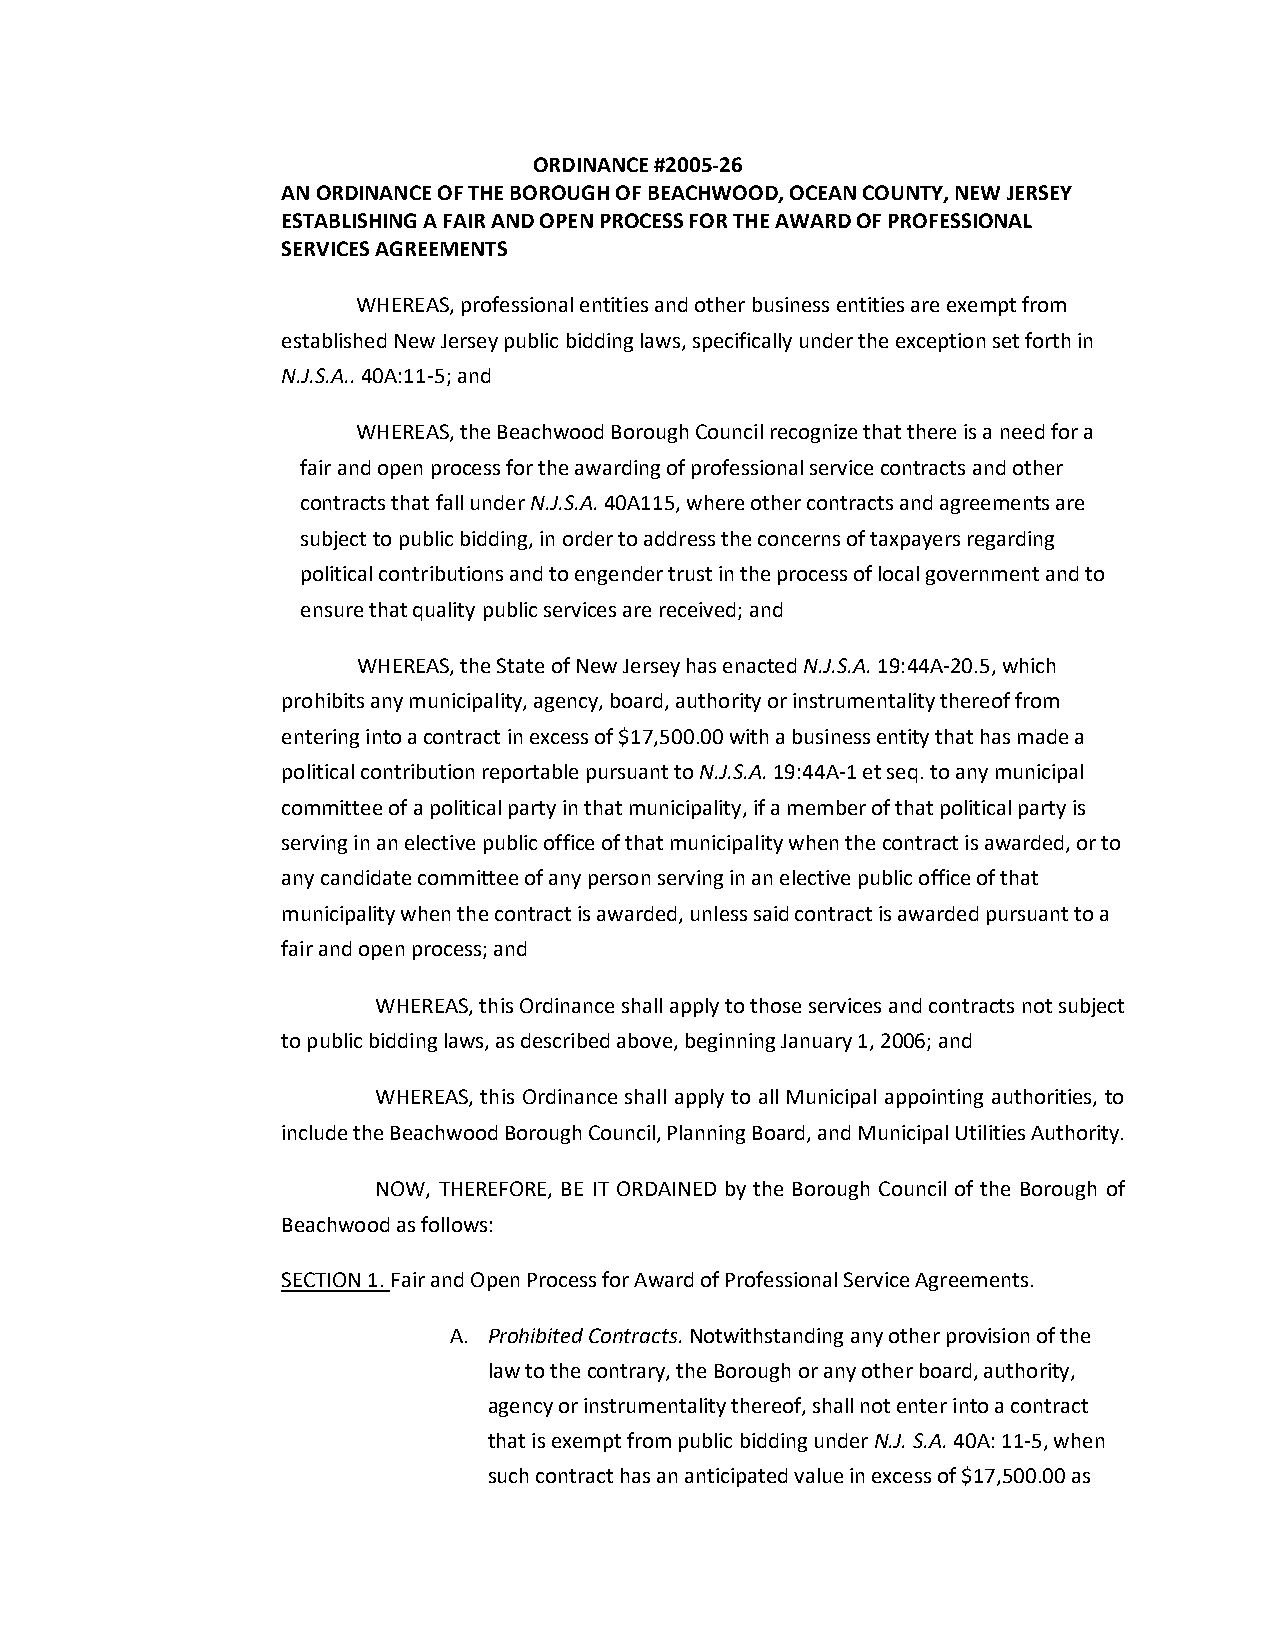
ORDINANCE #2005-26
 AN ORDINANCE OF THE BOROUGH OF BEACHWOOD, OCEAN COUNTY, NEW JERSEY
 ESTABLISHING A FAIR AND OPEN PROCESS FOR THE AWARD OF PROFESSIONAL
 SERVICES AGREEMENTS
 WHEREAS, professional entities and other business entities are exempt from
 established New Jersey public bidding laws, specifically under the exception set forth in
 N.J.S.A.. 40A:11-5; and
 WHEREAS, the Beachwood Borough Council recognize that there is a need for a
 fair and open process for the awarding of professional service contracts and other
 contracts that fall under N.J.S.A. 40A115, where other contracts and agreements are
 subject to public bidding, in order to address the concerns of taxpayers regarding
 political contributions and to engender trust in the process of local government and to
 ensure that quality public services are received; and
 WHEREAS, the State of New Jersey has enacted N.J.S.A. 19:44A-20.5, which
 prohibits any municipality, agency, board, authority or instrumentality thereof from
 entering into a contract in excess of $17,500.00 with a business entity that has made a
 political contribution reportable pursuant to N.J.S.A. 19:44A-1 et seq. to any municipal
 committee of a political party in that municipality, if a member of that political party is
 serving in an elective public office of that municipality when the contract is awarded, or to
 any candidate committee of any person serving in an elective public office of that
 municipality when the contract is awarded, unless said contract is awarded pursuant to a
 fair and open process; and
 WHEREAS, this Ordinance shall apply to those services and contracts not subject
 to public bidding laws, as described above, beginning January 1, 2006; and
 WHEREAS, this Ordinance shall apply to all Municipal appointing authorities, to
 include the Beachwood Borough Council, Planning Board, and Municipal Utilities Authority.
 NOW, THEREFORE, BE IT ORDAINED by the Borough Council of the Borough of
 Beachwood as follows:
 SECTION 1. Fair and Open Process for Award of Professional Service Agreements.
 A. Prohibited Contracts. Notwithstanding any other provision of the
 law to the contrary, the Borough or any other board, authority,
 agency or instrumentality thereof, shall not enter into a contract
 that is exempt from public bidding under N.J. S.A. 40A: 11-5, when
 such contract has an anticipated value in excess of $17,500.00 as